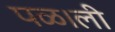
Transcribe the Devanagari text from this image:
पळ।ली